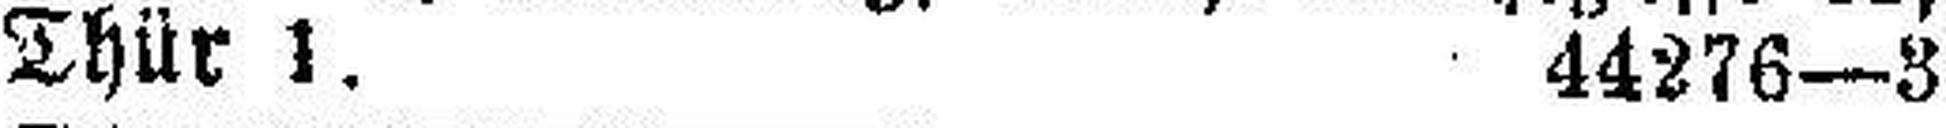
Thür 1. 44276—3